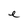
Character: e